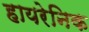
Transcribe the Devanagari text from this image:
हायरेनिक